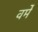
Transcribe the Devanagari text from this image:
वर्मे